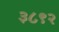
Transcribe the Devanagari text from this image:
३८९२